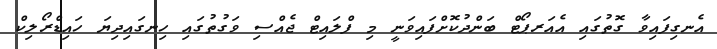
އެނގިފައިވާ ގޮތުގައި އެއަރޕޯޓް ބަންދުކޮށްފައިވަނީ މި ފްލައިޓް ޖެއްސި ވަގުތުގައި ހިނގައިދިޔަ ހައިޑްރޯލިކް